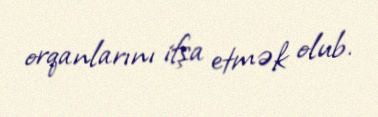
orqanlarını ifşa etmək olub.